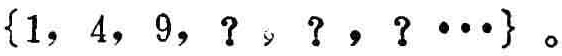
$\{1, 4, 9, ?, ?, ? \cdots\}$